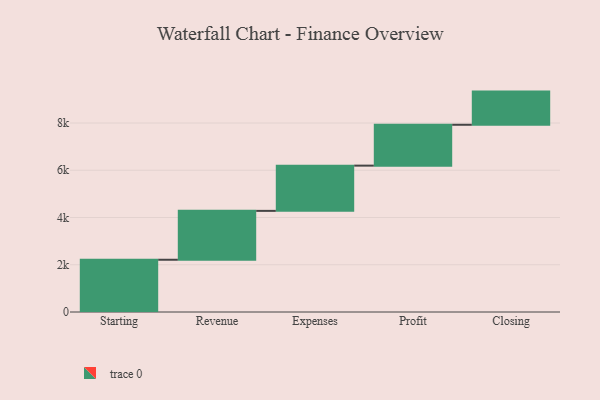
{"axis": {"x": "Step", "y": "Value"}, "legend": [""], "data": [{"x": "Starting", "y": 2212.0, "type": ""}, {"x": "Revenue", "y": 2069.0, "type": ""}, {"x": "Expenses", "y": 1915.0, "type": ""}, {"x": "Profit", "y": 1730.0, "type": ""}, {"x": "Closing", "y": 1404.0, "type": ""}]}